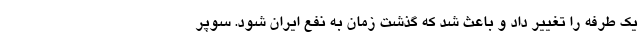
یک طرفه را تغییر داد و باعث شد که گذشت زمان به نفع ایران شود. سوپر